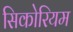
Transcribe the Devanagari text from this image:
सिकोरियम